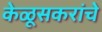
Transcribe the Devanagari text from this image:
केळूसकरांचे